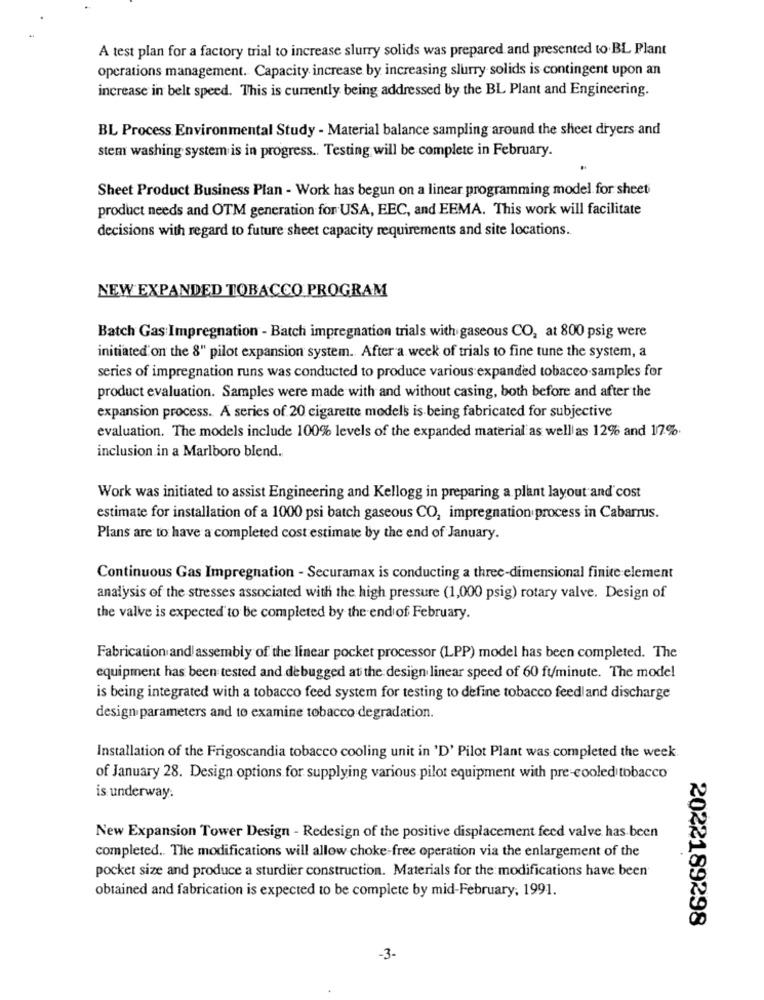
A test plan for a factory trial to increase slurry solids was prepared and presented to.BL Plant
operations management. Capacity increase by increasing slurry solids is contingent upon an
increase in belt speed. This is currently being addressed by the BL Plant and Engineering.
BL Process Environmental Study - Material balance sampling around the sheet dryers and
stem washing system is in progress .. Testing will be complete in February.
Sheet Product Business Plan - Work has begun on a linear programming model for sheet
prodiact needs and OTM generation for USA, EEC, and EEMA. This work will facilitate
decisions with regard to future sheet capacity requirements and site locations.
NEW EXPANDED TOBACCO PROGRAM
Batch Gas Impregnation - Batch impregnation trials with gaseous CO, at 800 psig were
initiated'on the 8" pilot expansion system. After a week of trials to fine tune the system, a
series of impregnation runs was conducted to produce various expanded tobacco samples for
product evaluation. Samples were made with and without casing, both before and after the
expansion process. A series of 20 cigarette models is being fabricated for subjective
evaluation. The models include 100% levels of the expanded material as well as 12% and 17%
inclusion in a Marlboro blend.
Work was initiated to assist Engineering and Kellogg in preparing a plant layout and cost
estimate for installation of a 1000 psi batch gaseous CO, impregnation process in Cabarrus.
Plans are to have a completed cost estimate by the end of January.
Continuous Gas Impregnation - Securamax is conducting a three-dimensional finite element
analysis of the stresses associated with the high pressure (1,000 psig) rotary valve. Design of
the valve is expected to be completed by the end of February.
Fabrication and assembly of the linear pocket processor (LPP) model has been completed. The
equipment has been tested and debugged at the design linear speed of 60 ft/minute. The model
is being integrated with a tobacco feed system for testing to define tobacco feedland discharge
design parameters and to examine tobacco degradation.
Installation of the Frigoscandia tobacco cooling unit in 'D' Pilot Plant was completed the week.
of January 28. Design options for supplying various pilot equipment with pre-cooled tobacco
is underway.
New Expansion Tower Design - Redesign of the positive displacement feed valve has been
completed .. The modifications will allow choke-free operation via the enlargement of the
pocket size and produce a sturdier construction. Materials for the modifications have been
obtained and fabrication is expected to be complete by mid-February, 1991.
2022189298
-3-